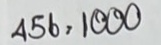
456 = 1000